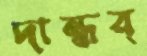
দান্ধর্